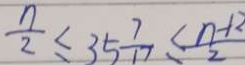
\frac { n } { 2 } \leq 3 5 \frac { 7 } { 1 7 } < \frac { n + 2 } { 2 }